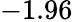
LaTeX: -1.96